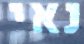
נאי